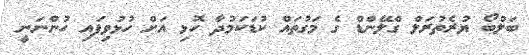
ބަލްބޯ ޔުރެތުރަލް ގްލޭންޑް ގެ މަގުތައް ކުޑަކަމުދާ ހޮޅި އަށް ހުޅުވިފައި ހުންނަނީ